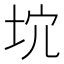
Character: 𡊫